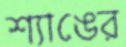
শ্যাঙের